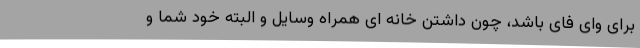
برای وای فای باشد، چون داشتن خانه ای همراه وسایل و البته خود شما و